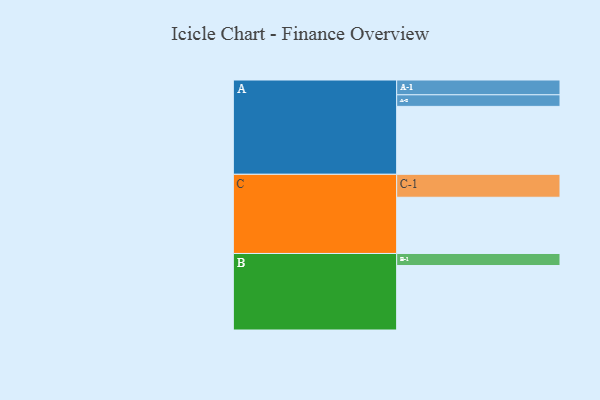
{"axis": {"x": "Segment", "y": "Value"}, "legend": ["", "A", "B", "C"], "data": [{"x": "A", "y": 592, "type": ""}, {"x": "B", "y": 562, "type": ""}, {"x": "C", "y": 490, "type": ""}, {"x": "A-1", "y": 129, "type": "A"}, {"x": "A-2", "y": 101, "type": "A"}, {"x": "B-1", "y": 105, "type": "B"}, {"x": "C-1", "y": 200, "type": "C"}]}